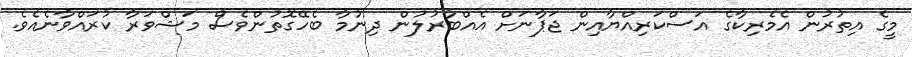
މީގެ އިތުރުން އެމެރިކާގެ އަސްކަރިއްޔާއިން ޖަޕާނަށް އެއްބާރުލުން ދިނުމާ ބެހޭގޮތުންވެސް މަޝްވަރާ ކުރައްވާނެއެވެ.